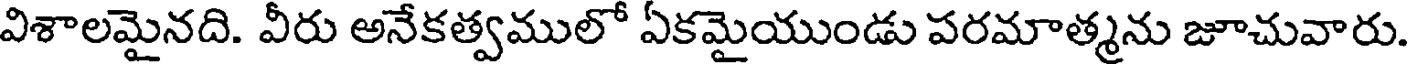
విశాలమైనది. వీరు అనేకత్వములో ఏకమైయుండు పరమాత్మను జూచువారు.